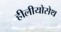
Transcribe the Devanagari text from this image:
हीलीयोसेथ